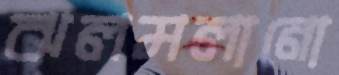
ঝলমলানো